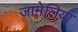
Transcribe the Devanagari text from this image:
जामेलिया